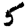
Digit: 5